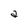
Character: a